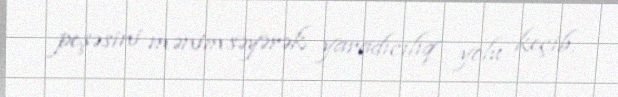
peşəsini mənimsəyərək yaradıcılıq yolu keçib.